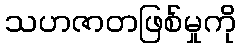
သဟဇာတဖြစ်မှုကို